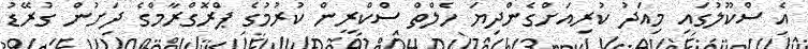
އެ ސްކޫލުގައި މިއަދު ކުރިއަށްގެންދިޔަ ހެލްތް ސްކްރީން ކުރުމުގެ ޕްރޮގްރާމްގެ ދަށުން ގުރޭޑު